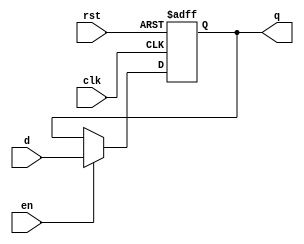
module pc (
    input wire clk,rst,en,
	input wire[31:0] d,
	output reg[31:0] q
);
    always @(posedge clk, posedge rst) begin
		if (rst) begin
			q <= 0;
		end else if(en) begin
			q <= d;
		end
	end
endmodule